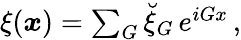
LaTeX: \begin{array}{r}{\xi(\boldsymbol x)=\sum_{G}\breve{\xi}_{G}\, e^{iGx}\, ,}\end{array}